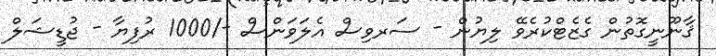
ޤާނޫނީގޮތުން ގެޒެޓްކުރެވޭ ލިޔުން - ސަރވިސް އެލަވަންސް -/1000 ރުފިޔާ - ޖުޑީޝަލް